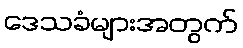
ဒေသခံများအတွက်